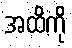
အထိကို